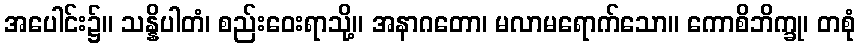
အပေါင်း၌။ သန္နိပါတံ၊ စည်းဝေးရာသို့။ အနာဂတော၊ မလာမရောက်သော။ ကောစိဘိက္ခု၊ တစုံ